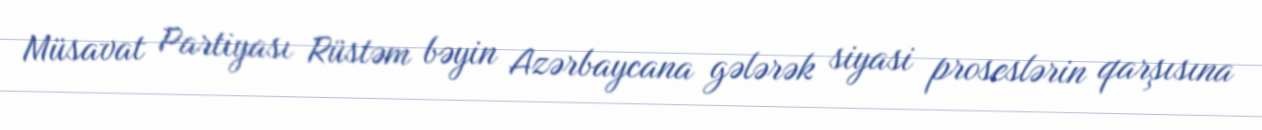
Müsavat Partiyası Rüstəm bəyin Azərbaycana gələrək siyasi proseslərin qarşısına